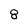
Character: 8